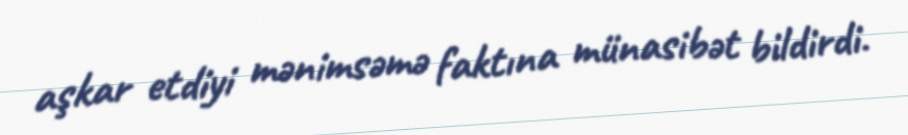
aşkar etdiyi mənimsəmə faktına münasibət bildirdi.